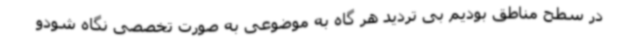
در سطح مناطق بودیم بی تردید هر گاه به موضوعی به صورت تخصصی نگاه شودو